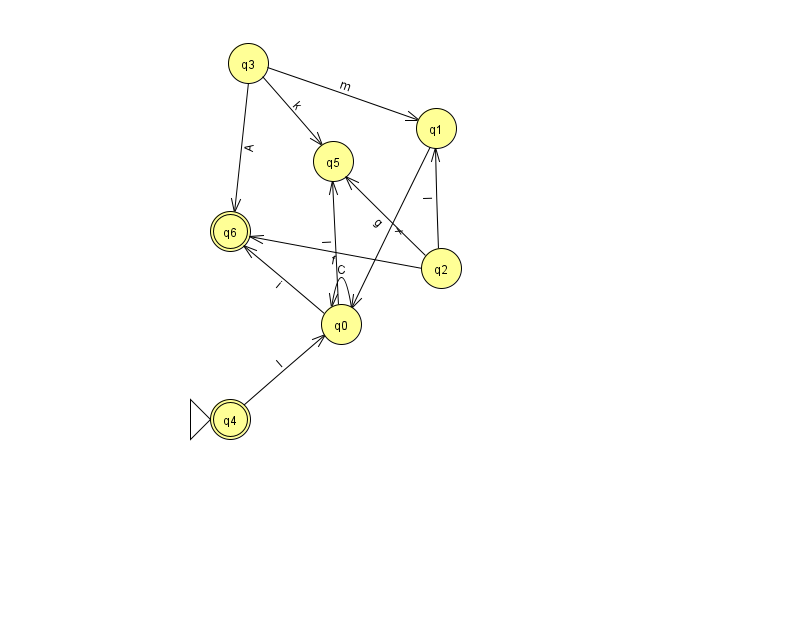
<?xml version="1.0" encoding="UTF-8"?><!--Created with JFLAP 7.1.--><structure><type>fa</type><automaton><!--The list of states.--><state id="0" name="q0"><x>341.0</x><y>311.0</y></state><state id="1" name="q1"><x>436.0</x><y>115.0</y></state><state id="2" name="q2"><x>441.0</x><y>255.0</y></state><state id="3" name="q3"><x>248.0</x><y>50.0</y></state><state id="4" name="q4"><x>230.0</x><y>406.0</y><initial/><final/></state><state id="5" name="q5"><x>333.0</x><y>148.0</y></state><state id="6" name="q6"><x>230.0</x><y>218.0</y><final/></state><!--The list of transitions.--><transition><from>2</from><to>5</to><read>g</read></transition><transition><from>0</from><to>0</to><read>C</read></transition><transition><from>1</from><to>0</to><read>x</read></transition><transition><from>0</from><to>5</to><read>I</read></transition><transition><from>2</from><to>6</to><read>f</read></transition><transition><from>3</from><to>5</to><read>k</read></transition><transition><from>3</from><to>6</to><read>A</read></transition><transition><from>3</from><to>1</to><read>m</read></transition><transition><from>2</from><to>1</to><read>I</read></transition><transition><from>4</from><to>0</to><read>I</read></transition><transition><from>0</from><to>6</to><read>i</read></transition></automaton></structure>